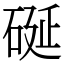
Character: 硟